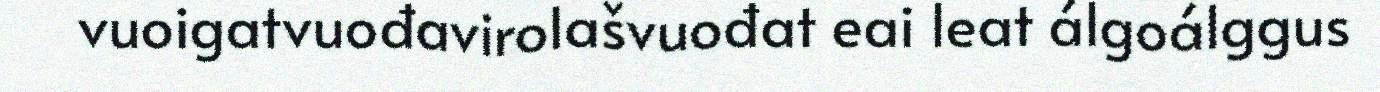
vuoigatvuođavirolašvuođat eai leat álgoálggus